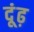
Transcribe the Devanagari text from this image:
दूंढ़